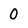
Character: 0